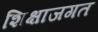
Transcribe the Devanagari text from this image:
शिक्षाजगत